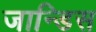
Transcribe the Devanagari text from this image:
जान्डिस